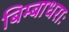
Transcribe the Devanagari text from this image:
बिम्बाधराः